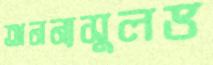
অনন্যসুলভ